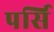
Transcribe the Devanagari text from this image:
पर्सि